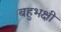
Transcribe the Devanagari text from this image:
बहुभक्षी